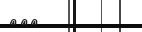
١٠٥